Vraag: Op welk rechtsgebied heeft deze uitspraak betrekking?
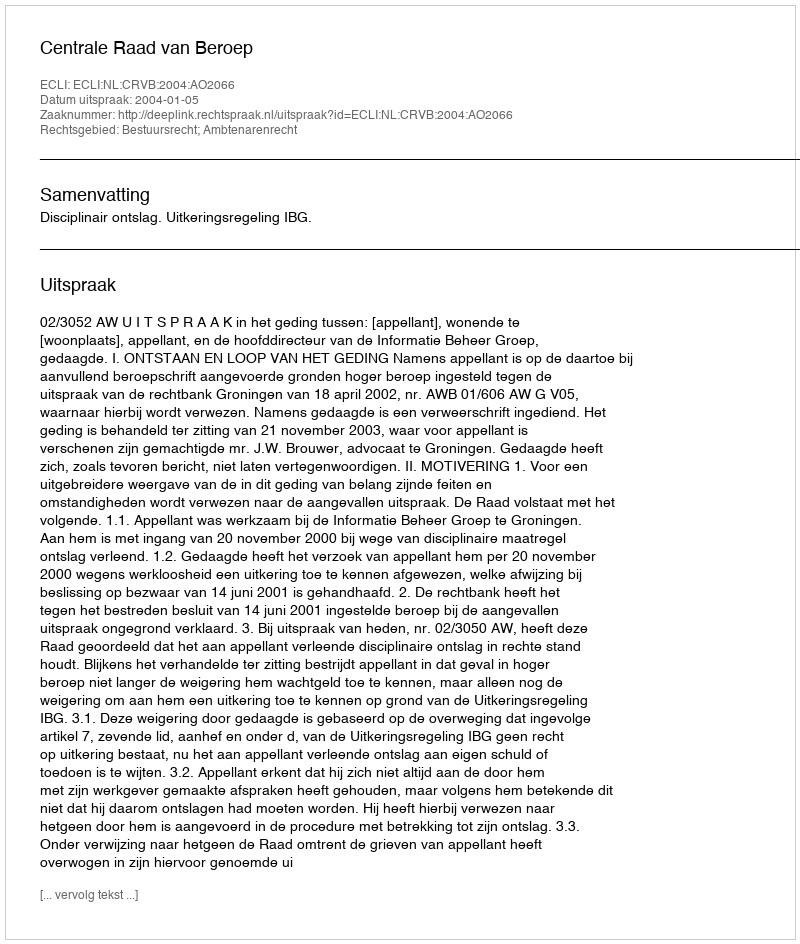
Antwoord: Bestuursrecht; Ambtenarenrecht